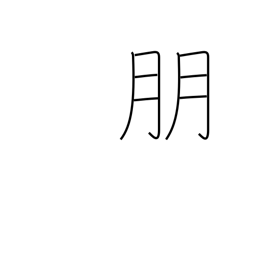
Meaning: companion